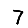
Digit: 7